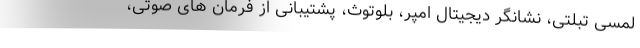
لمسی تبلتی، نشانگر دیجیتال امپر، بلوتوث، پشتیبانی از فرمان های صوتی،